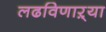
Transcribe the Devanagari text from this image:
लढविणाऱ्या